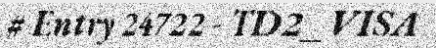
# Entry 24722 - TD2_VISA